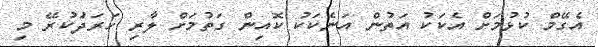
އެގޭމް ކުޅުމަށް އެކަކު އަތުން އަނެކަކު ކޮއިން ގަތުމަށް ލާރި ހަރަދަުކުރޭ މި